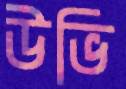
উভি